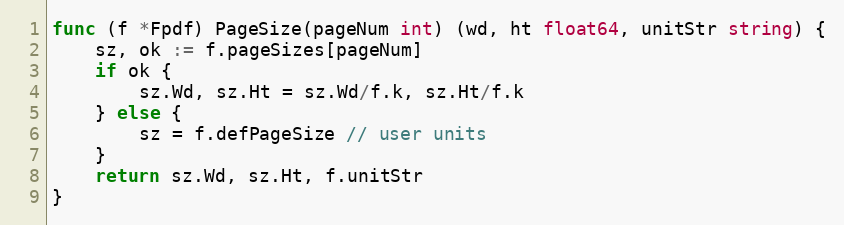
Language: Go
func (f *Fpdf) PageSize(pageNum int) (wd, ht float64, unitStr string) {
	sz, ok := f.pageSizes[pageNum]
	if ok {
		sz.Wd, sz.Ht = sz.Wd/f.k, sz.Ht/f.k
	} else {
		sz = f.defPageSize // user units
	}
	return sz.Wd, sz.Ht, f.unitStr
}